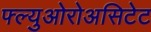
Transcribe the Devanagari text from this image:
फ्ल्युओरोअसिटेट